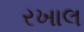
રખાલ